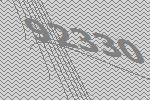
92330